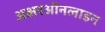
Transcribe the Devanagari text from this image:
अक्षरऑनलाइन